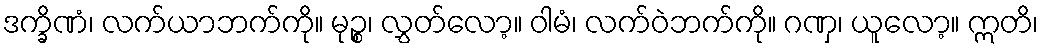
ဒက္ခိဏံ၊ လက်ယာဘက်ကို။ မုဉ္စ၊ လွှတ်လော့။ ဝါမံ၊ လက်ဝဲဘက်ကို။ ဂဏှ၊ ယူလော့။ ဣတိ၊